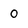
Character: O